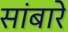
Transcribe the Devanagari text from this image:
सांबारे